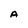
Character: A